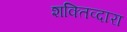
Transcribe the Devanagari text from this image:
शक्तिव्दारा